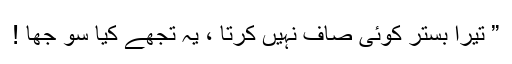
” تیرا بستر کوئی صاف نہیں کرتا ، یہ تجھے کیا سو جھا !